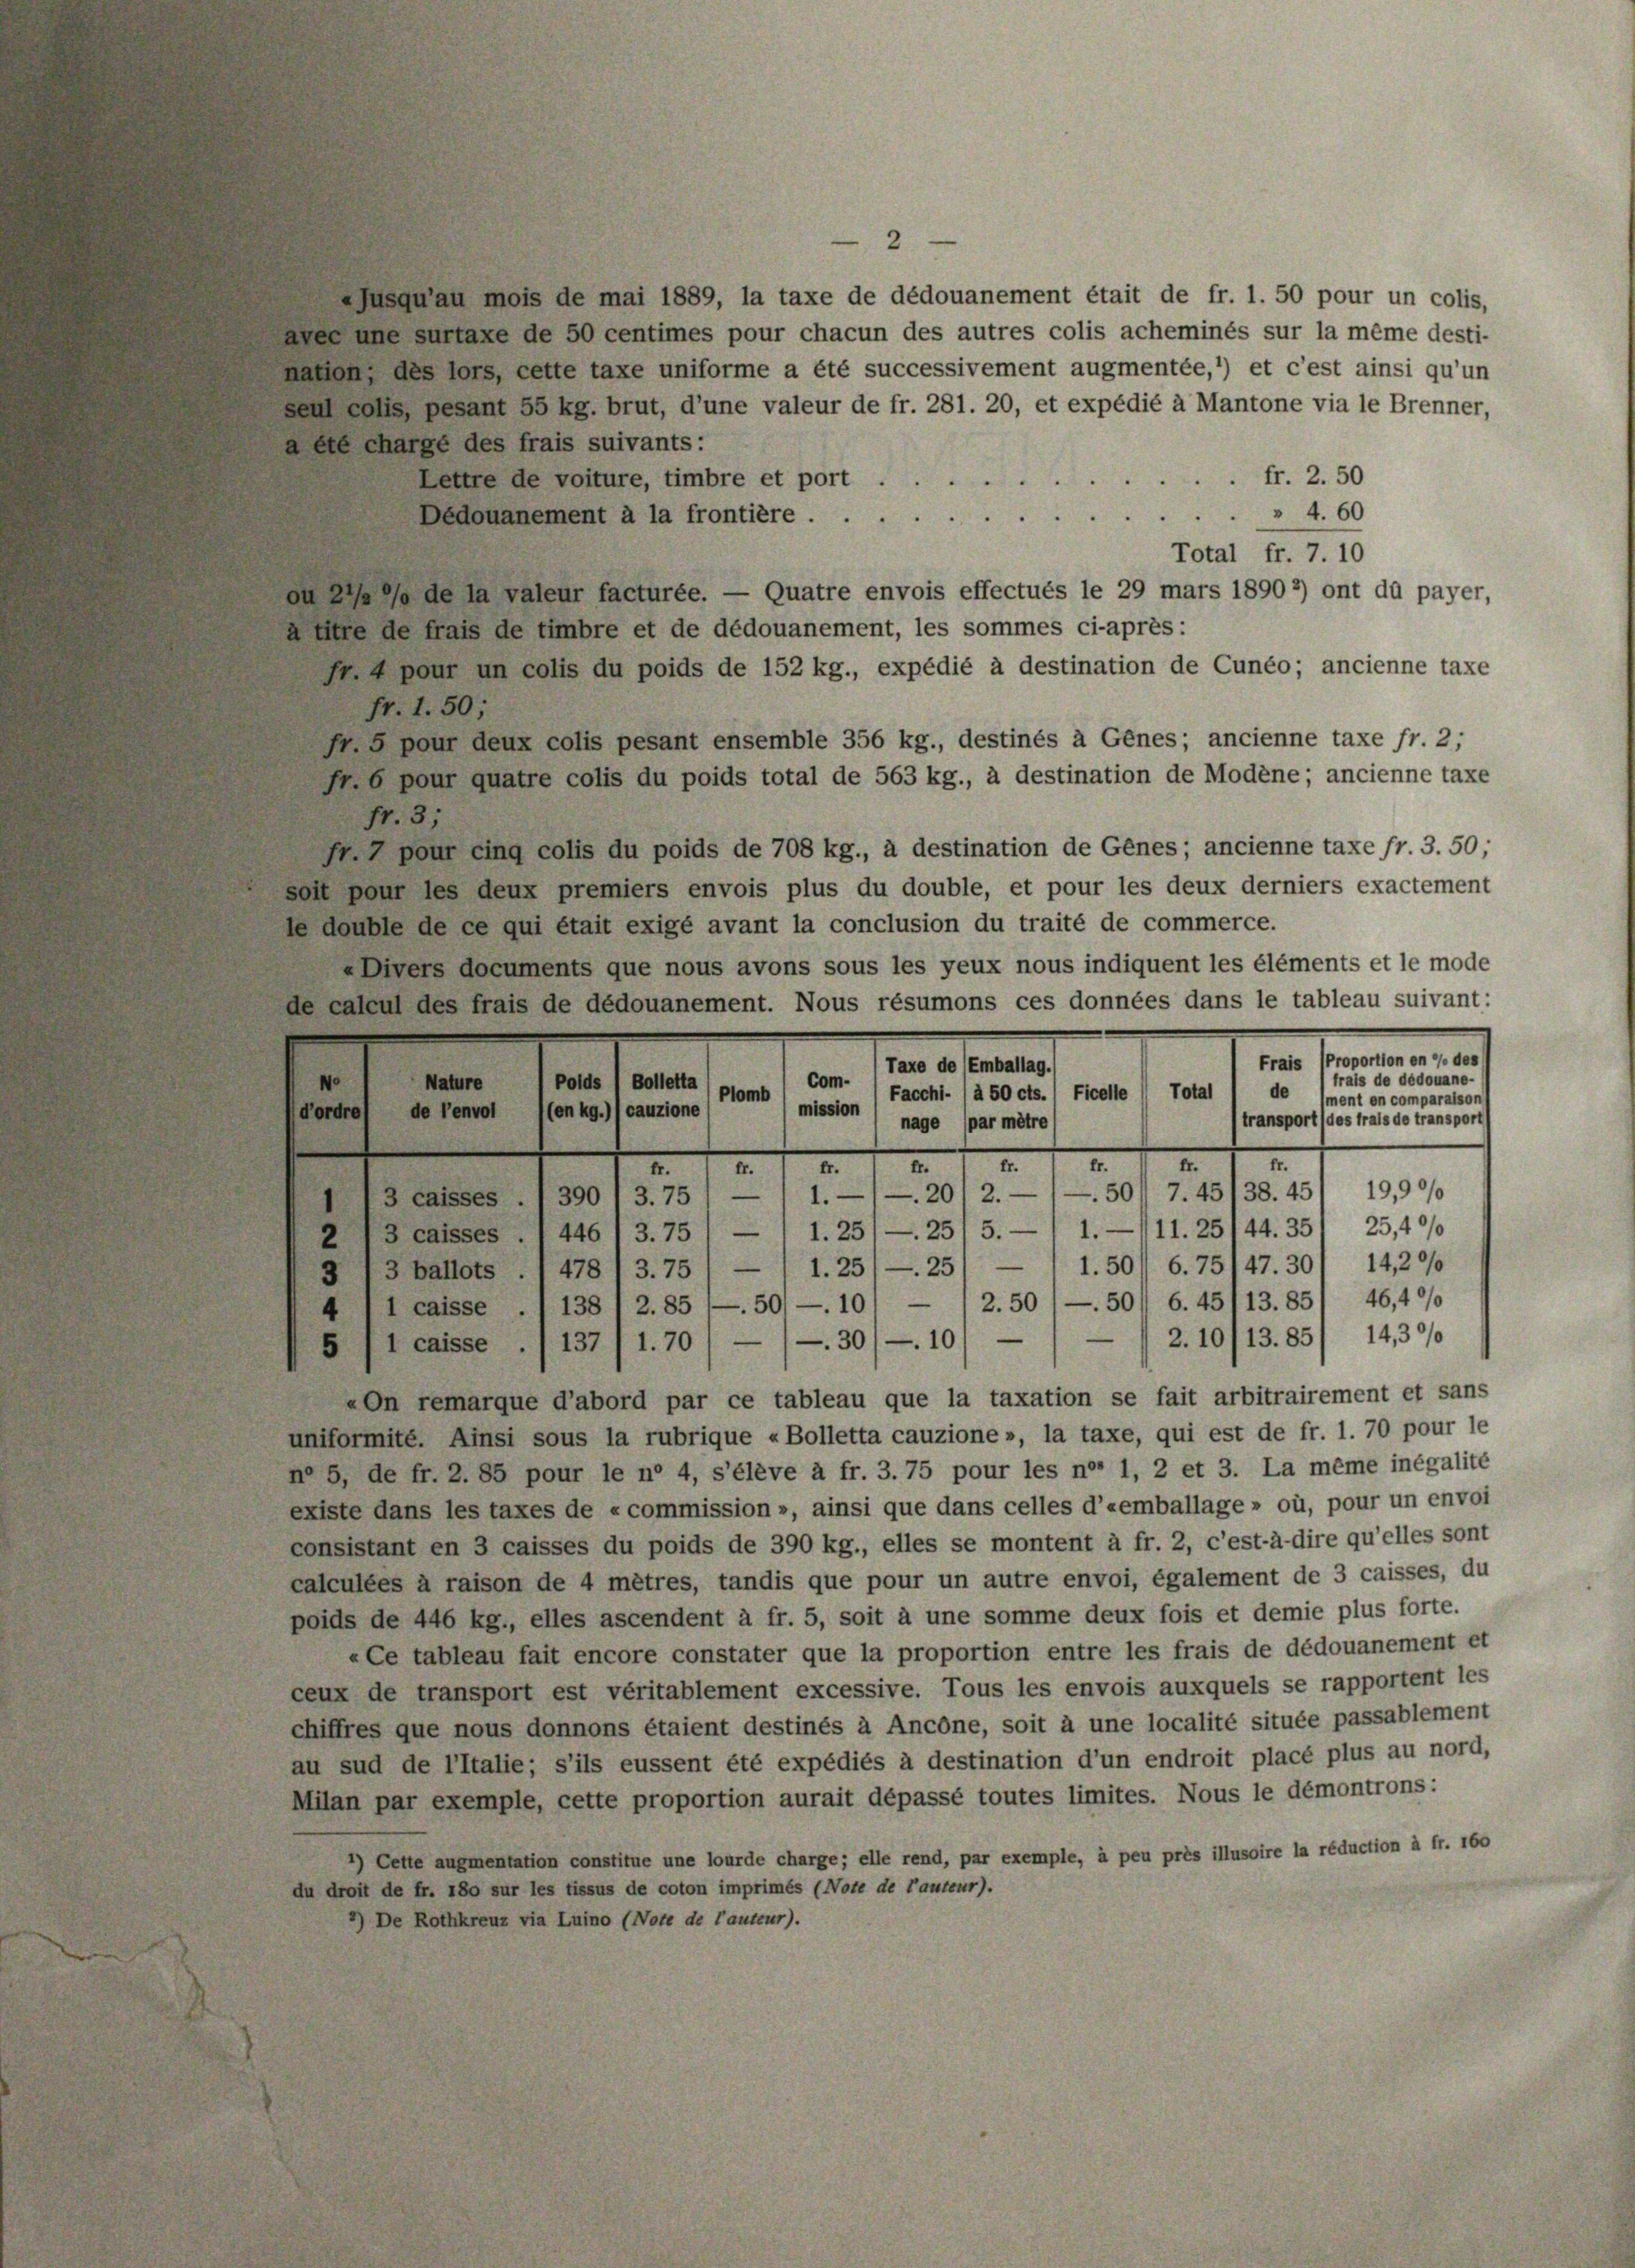
Jusqu’au mois de mai 1889, la taxe de dédouanement était de fr. 1. 50 pour un colis,
aver une surtaxe de 50 centimes pour chacun des autres colis acheminés sur la même desti-
kation, des lors cette taxe uniforme a été successivement augmentée, *) et c’est ainsi qu’un
sen solls, besant 55 kg. brut, d’une valeur de fr. 281. 20, et expédié à Mantone via le Brenner,
a été chargé des frais suivants:
fr. 2. 50
Lettre de voiture, timbre et port
" 4. 60
Dédouanement à la frontière.
Total fr. 7. 10
n die le de la valeur facturee. — Quatre envois effectués le 29 mars 1890 2) ont dû payer,
a titre de frais de timbre et de dédouanement, les sommes ci-après:
s pour un colis du poids de 152 kg., expédié à destination de Cunéo; ancienne taxe
fr. 1. 50;
5 pour deux colis pesant ensemble 356 kg., destinés à Genes; ancienne taxe fr. 2;
.6 pour quatre colis du poids total de 563 kg., à destination de Modène; ancienne taxe
fr. 3;
pour eing colis du poids de 708 kg., à destination de Genes; ancienne taxe fr. 3. 50;
soll pour les deux premiers envois plus du double, et pour les deux derniers exactement
le double de ce qui était exigé avant la conclusion du traité de commerce.
Divers documents que nous avons sous les yeux nous indiquent les éléments et le mode
de calcul des frais de dédouanement. Nous résumons ces données dans le tableau suivant:
i. Commann
mnestellen
frais de dédouane.
Com.
No
Nature
Polds ) Bolletta
de
Total
Facchi- / à 50 cts. ) Ficelle
Plomb
lment en comparaison
mission
de Penvollen kg.)) cauzione
d’ordre
transport (des frais de transport
nage par mêtre

A

1./20/2.— /—50/ 7.45/38. 45/ 19,90/0
3 caisses ./ 390 /3.75 / —
23 caisses. 1446 (3. 75 / — 1 1.25) — 25/ 5.— / 1.—111. 25/44. 351 25,40/
1.25/—25/ — 1 1.50 6.75/47.30/ 14,20/
3/3 ballots . / 478 / 3.75
4/1 caisse ./ 138 I 2. 85 (—.50/ —. 101 — / 2.50 (—.50/ 6.45/13.85) 46,40/
5/1 caisse ./137/1.70 / — (—30/ —10/ — / — 2. 10/13.85/ 14,30/
«On remarque d’abord par ce tableau que la taxation se fait arbitrairement et sans
uniformité. Ainsi sous la rubrique «Bolletta cauzione », la taxe, qui est de fr. 1. 70 pour le
n° 5, de fr. 2. 85 pour le n’ 4, s’élève à fr. 3. 75 pour les no 1, 2 et 3. La même inégalité
existe dans les taxes de «commission », ainsi que dans celles d’eemballage » où, pour un envoi
consistant en 3 caisses du poids de 390 kg., elles se montent à fr. 2, c’est-à-dire qu’elles sont
calculées à raison de 4 mêtres, tandis que pour un autre envoi, également de 3 caisses, du
poids de 446 kg., elles ascendent à fr. 5, soit à une somme deux fois et demie plus forte.
«Ce tableau fait encore constater que la proportion entre les frais de dédouanement et
ceux de transport est véritablement excessive. Tous les envois auxquels se rapportent les
chiffres que nous donnons étaient destinés à Ancone, soit à une localité située passablement
au sud de l’Italie; s’ils eussent été expédiés à destination d’un endroit placé plus au nord,
Milan par exemple, cette proportion aurait dépassé toutes limites. Nous le démontrons:
*) Cette augmentation constitue une lourde charge; elle rend, par exemple, à peu près illusoire la réduction à fr. 160
du droit de fr. 180 sur les tissus de coton imprimés (Note de lauteur).
’) De Rothkreuz via Luino (Note de lauteur).

2